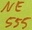
Text: NE555